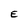
Character: E